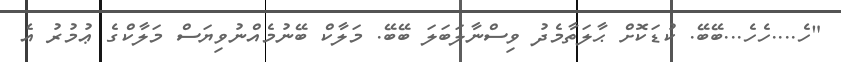
"ހެ....ހެހެ...ބޭބޭ. ކުޑަކޮށް ޙާލަތާމެދު ވިސްނާލަބަލަ ބޭބޭ. މަލާކް ބޭނުމެއްނުވިޔަސް މަލާކްގެ ޢުމުރު އެ